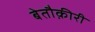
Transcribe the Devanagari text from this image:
बेतौक़ीरी